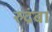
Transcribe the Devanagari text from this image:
रुद्रंबा